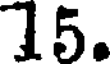
15.